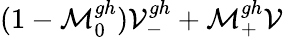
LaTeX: (1-\mathcal{M}_{0}^{gh})\mathcal{V}_{-}^{gh}+\mathcal{M}_{+}^{gh}\mathcal{V}